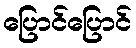
ပြောင်ပြောင်